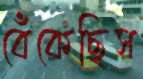
বেঁকেছিস